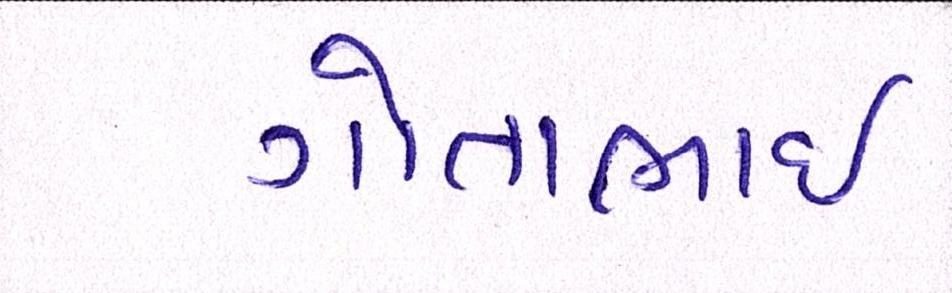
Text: ગોતાભાઈ